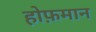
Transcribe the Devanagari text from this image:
होफ़मान